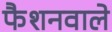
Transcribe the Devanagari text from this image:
फैशनवाले